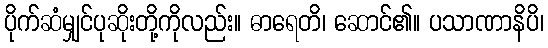
ပိုက်ဆံမျှင်ပုဆိုးတို့ကိုလည်း။ ဓာရေတိ၊ ဆောင်၏။ ပသာဏာနိပိ၊